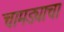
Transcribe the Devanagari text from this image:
चामड्याचा